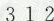
3 1 2